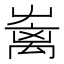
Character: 𡴥